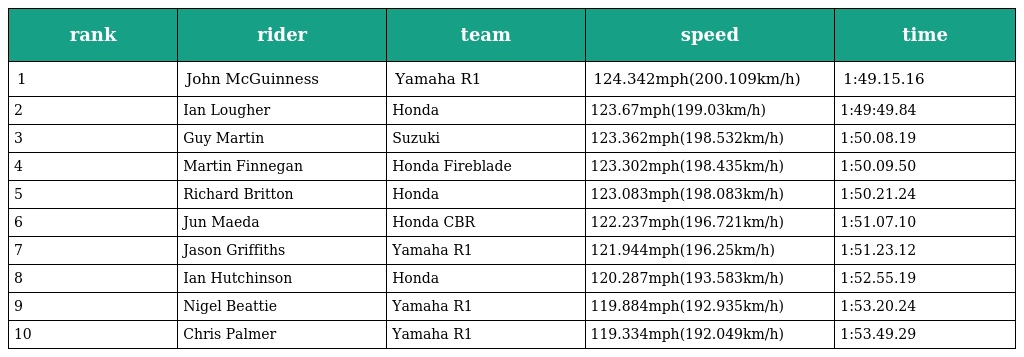
| rank | rider | team | speed | time |
 | --- | --- | --- | --- | --- |
 | 1 | John McGuinness | Yamaha R1 | 124.342mph(200.109km/h) | 1:49.15.16 |
 | 2 | Ian Lougher | Honda | 123.67mph(199.03km/h) | 1:49:49.84 |
 | 3 | Guy Martin | Suzuki | 123.362mph(198.532km/h) | 1:50.08.19 |
 | 4 | Martin Finnegan | Honda Fireblade | 123.302mph(198.435km/h) | 1:50.09.50 |
 | 5 | Richard Britton | Honda | 123.083mph(198.083km/h) | 1:50.21.24 |
 | 6 | Jun Maeda | Honda CBR | 122.237mph(196.721km/h) | 1:51.07.10 |
 | 7 | Jason Griffiths | Yamaha R1 | 121.944mph(196.25km/h) | 1:51.23.12 |
 | 8 | Ian Hutchinson | Honda | 120.287mph(193.583km/h) | 1:52.55.19 |
 | 9 | Nigel Beattie | Yamaha R1 | 119.884mph(192.935km/h) | 1:53.20.24 |
 | 10 | Chris Palmer | Yamaha R1 | 119.334mph(192.049km/h) | 1:53.49.29 |